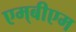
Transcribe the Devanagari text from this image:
एम्‌बीएम